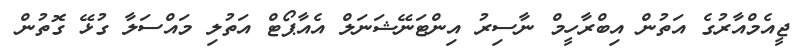
ޖީއެމްއާރުގެ އަތުން އިބްރާހީމް ނާސިރު އިންޓަނޭޝަނަލް އެއާޕޯޓް އަތުލި މައްސަލާ ގުޅޭ ގޮތުން